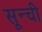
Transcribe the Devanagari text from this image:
सून्ची